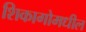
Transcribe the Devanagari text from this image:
शिकागोमधील